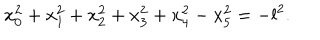
x _ { 0 } ^ { 2 } + x _ { 1 } ^ { 2 } + x _ { 2 } ^ { 2 } + x _ { 3 } ^ { 2 } + x _ { 4 } ^ { 2 } - x _ { 5 } ^ { 2 } = - l ^ { 2 } .